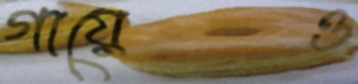
গায়েও